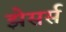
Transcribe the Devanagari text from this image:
झेसर्स